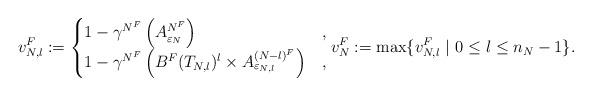
LaTeX: \begin{align*}v_{N,l}^F:=\begin{cases}1-\gamma^{N^F} \left(A^{N^F}_{\varepsilon_N}\right) &, \\1-\gamma^{N^F} \left( B^F(T_{N,l})^l\times A^{(N-l)^{F}}_{\varepsilon_{N,l}}\right) &,\end{cases}v_N^F:=\max\{v_{N,l}^F \ |\ 0 \leq l \leq n_N-1 \}. \end{align*}